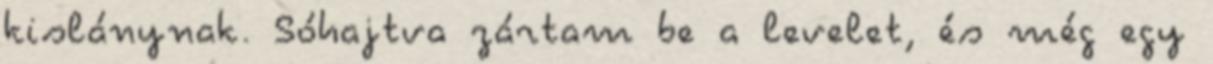
kislánynak. Sóhajtva zártam be a levelet, és még egy